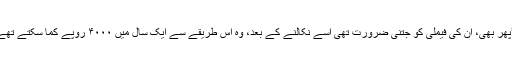
’’پھر بھی، ان کی فیملی کو جتنی ضرورت تھی اسے نکالنے کے بعد، وہ اس طریقے سے ایک سال میں ۴۰۰۰ روپے کما سکتے تھے۔